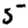
Digit: 5